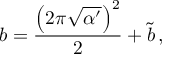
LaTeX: b = \frac { \left( 2 \pi \sqrt { \alpha ^ { \prime } } \right) ^ { 2 } } { 2 } + \tilde { b } \, ,